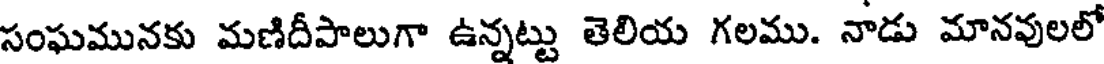
సంఘమునకు మణిదీపాలుగా ఉన్నట్టు తెలియ గలము. నాడు మానవులలో